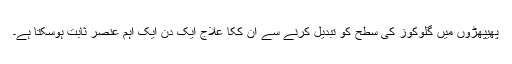
پھیپھڑوں میں گلوکوز کی سطح کو تبدیل کرنے سے ان ککا علاج ایک دن ایک اہم عنصر ثابت ہوسکتا ہے۔